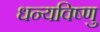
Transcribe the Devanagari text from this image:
धन्यविष्णु